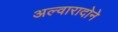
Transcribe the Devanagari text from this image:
अल्वारादोने